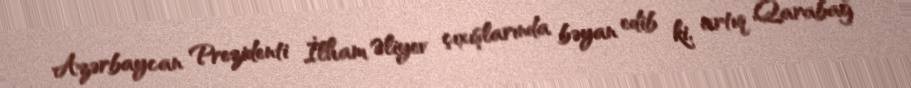
Azərbaycan Prezidenti İlham Əliyev çıxışlarında bəyan edib ki, artıq Qarabağ